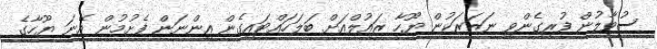
ސުވާލުން ފުރިގެންވި ނަޒަރަކުން ޔޫހާ ޒައުލްއަށް ބަލަހައްޓައިގެން އިންނަން ފެށުމުން އޭނަ ޔޫހާގެ